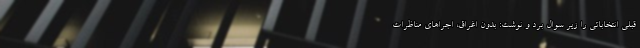
قبلی انتخاباتی را زیر سوال برد و نوشت: بدون اغراق، اجراهای مناظرات